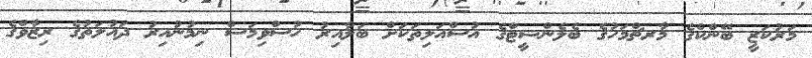
މަރުކަޒީ ބޭންކްގެ މާރޗްމަހުގެ ބެލެންޝީޓްގެ އުސްއަލިތަކަށް ބަލާއިރު ހުސްވިމަސް ނިމުނުއިރު ދައުލަތުގެ ރިޒާވްގެ